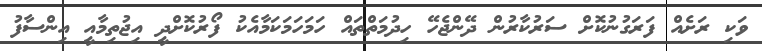
ވަކި ރަށެއް ފަރަގުނުކޮށް ސަރުކާރުން ދޭންޖެހޭ ހިދުމަތްތައް ހަމަހަމަކަމާއެކު ފޯރުކޮށްދީ އިޖުތިމާއީ އިންސާފު